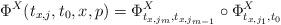
LaTeX: \begin{align*} \Phi^X(t_{x,j} , t_0, x, p) = \Phi^X _{t_{x,j_m},t_{x,j_{m-1}}}\circ \Phi^X_{t_{x,j_1},t_0}\end{align*}